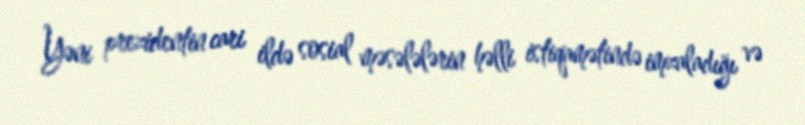
Yəni prezidentin cari ildə sosial məsələlərin həlli istiqamətində imzaladığı və